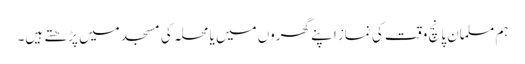
ہم مسلمان پانچ وقت کی نماز اپنے گھروں میں یا محلہ کی مسجد میں پڑھتے ہیں۔